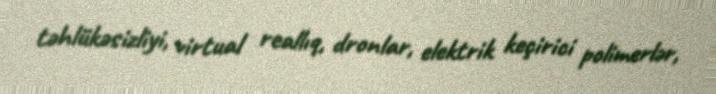
təhlükəsizliyi, virtual reallıq, dronlar, elektrik keçirici polimerlər,